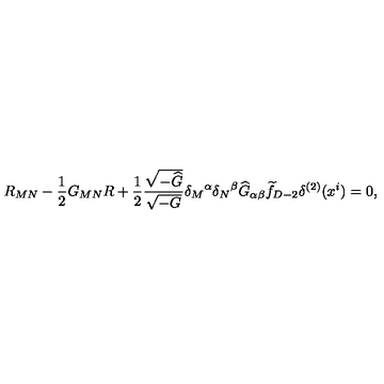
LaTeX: R _ { M N } - { \frac { 1 } { 2 } } G _ { M N } R + { \frac { 1 } { 2 } } { \frac { \sqrt { - { \widehat G } } } { \sqrt { - G } } } { \delta _ { M } } ^ { \alpha } { \delta _ { N } } ^ { \beta } { \widehat G } _ { \alpha \beta } { \widetilde f } _ { D - 2 } \delta ^ { ( 2 ) } ( x ^ { i } ) = 0 ,